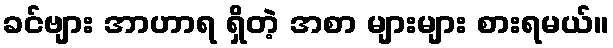
ခင်ဗျား အာဟာရ ရှိတဲ့ အစာ များများ စားရမယ်။